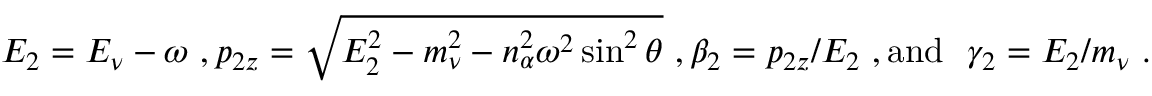
E _ { 2 } = E _ { \nu } - \omega \ , p _ { 2 z } = \sqrt { E _ { 2 } ^ { 2 } - m _ { \nu } ^ { 2 } - n _ { \alpha } ^ { 2 } \omega ^ { 2 } \sin ^ { 2 } \theta } \ , \beta _ { 2 } = p _ { 2 z } / E _ { 2 } \ , \mathrm { a n d \ \ } \gamma _ { 2 } = E _ { 2 } / m _ { \nu } \ .